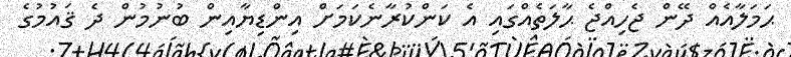
ޙަމަލާއެއް ދޭން ޖެހިއްޖެ ޙާލަތެއްގައި އެ ކަންކުރާނެކަމަށް އިންޑިޔާއިން ބުނުމުން ދެ ޤައުމުގެ